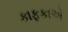
કાફકાએ